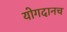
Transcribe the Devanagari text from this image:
योगदानच